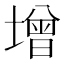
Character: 增